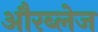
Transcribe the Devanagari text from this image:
औरब्लेज